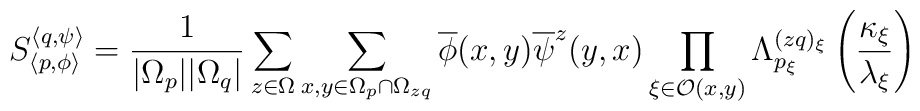
S_{\left\langle p,\phi \right\rangle }^{\left\langle q,\psi \right\rangle }=\frac{1}{|\Omega _{p}||\Omega _{q}|}\sum _{z\in \Omega }\sum _{x,y\in \Omega _{p}\cap \Omega _{zq}}\overline{\phi }(x,y)\overline{\psi }^{z}(y,x)\prod _{\xi \in \mathcal{O}(x,y)}\Lambda _{p_{\xi }}^{(zq)_{\xi }}\left( \frac{\kappa _{\xi }}{\lambda _{\xi }}\right)